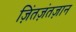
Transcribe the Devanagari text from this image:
ज़िंतज़ंतज़ान